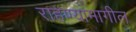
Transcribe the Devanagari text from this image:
राहण्यामागील